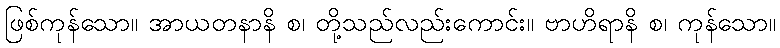
ဖြစ်ကုန်သော။ အာယတနာနိ စ၊ တို့သည်လည်းကောင်း။ ဗာဟိရာနိ စ၊ ကုန်သော။